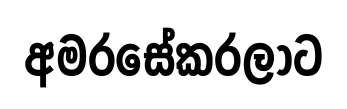
අමරසේකරලාට